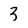
Character: 3